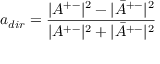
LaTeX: a _ { d i r } = \frac { | A ^ { + - } | ^ { 2 } - | \bar { A } ^ { + - } | ^ { 2 } } { | A ^ { + - } | ^ { 2 } + | \bar { A } ^ { + - } | ^ { 2 } }